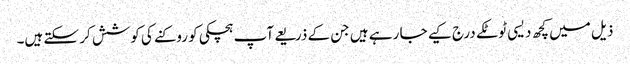
ذیل میں کچھ دیسی ٹوٹکے درج کیے جا رہے ہیں جن کے ذریعے آپ ہچکی کو روکنے کی کوشش کر سکتے ہیں۔